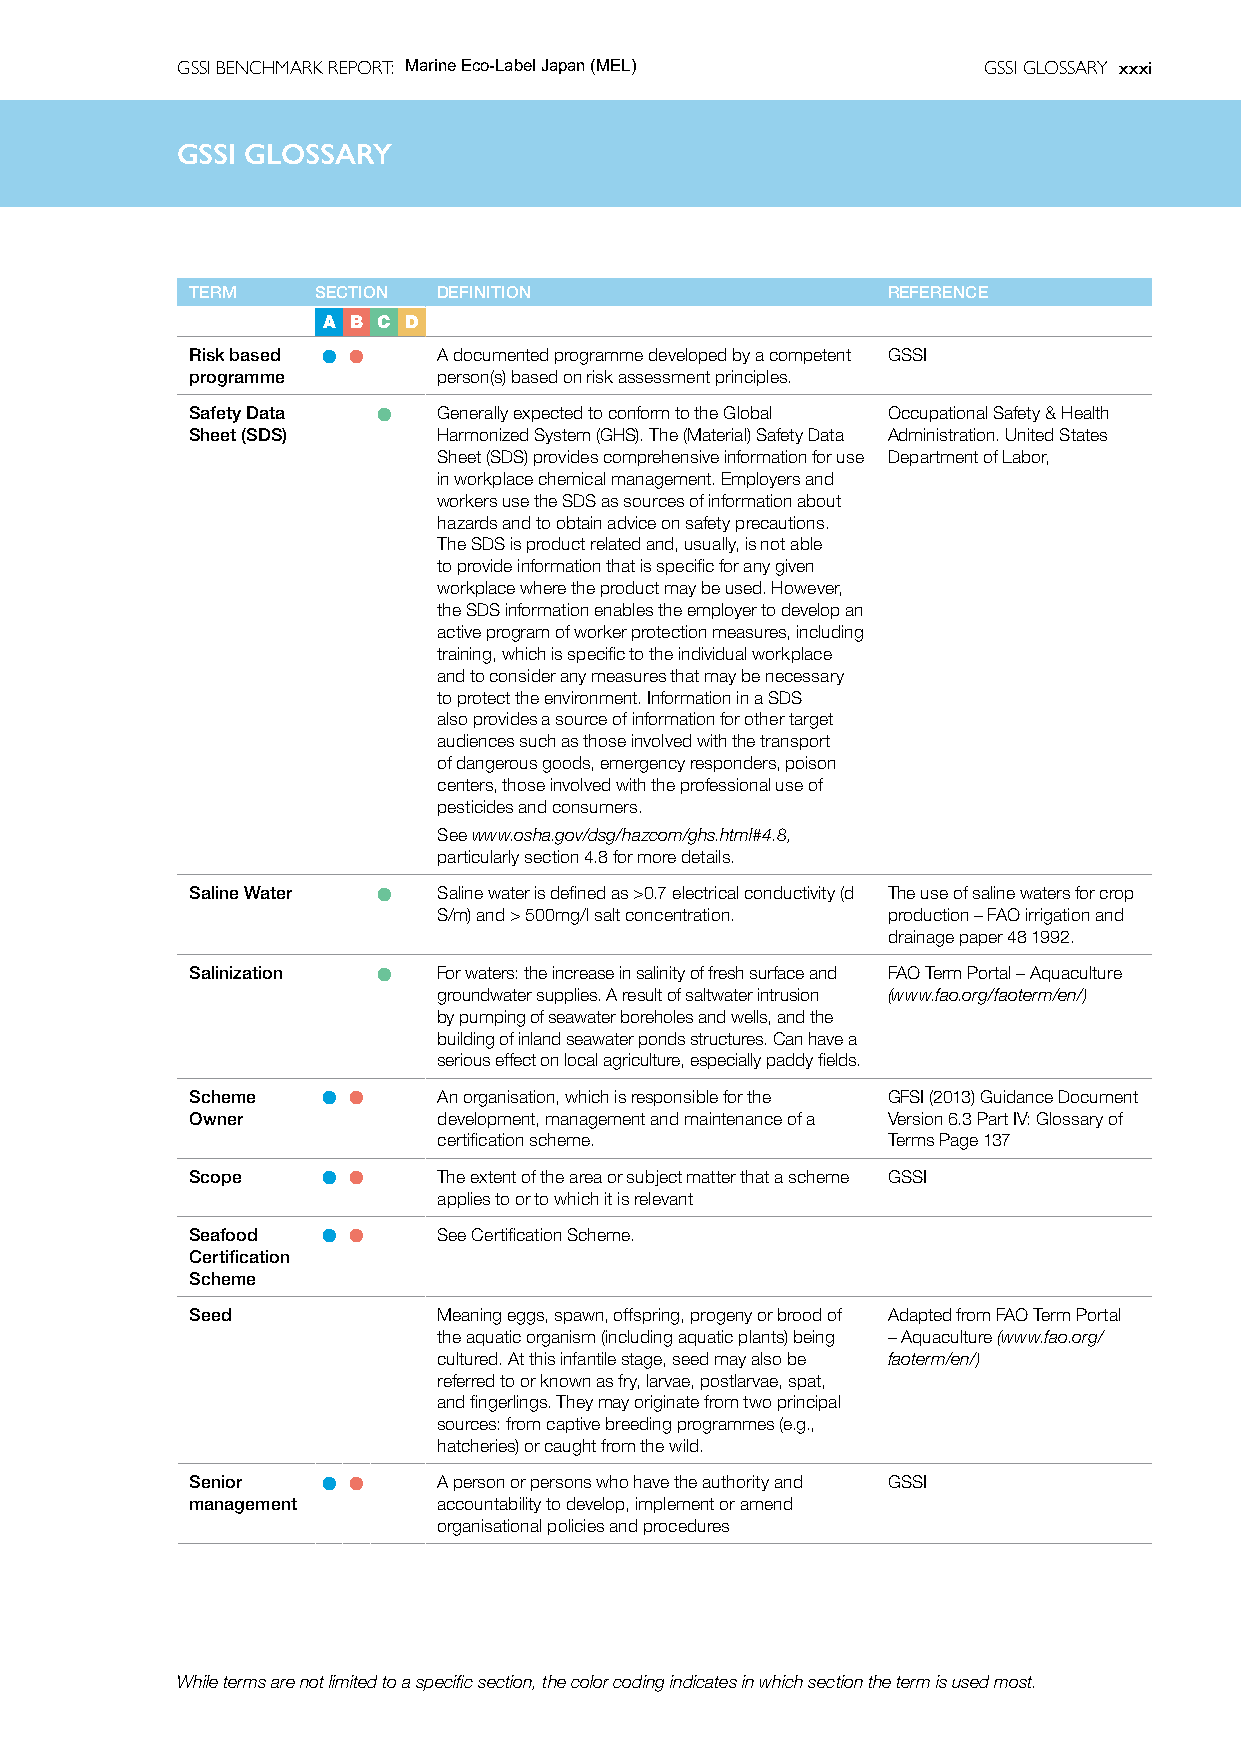
GSSI BENCHMARK REPORT: Marine Eco-Label Japan (MEL)  GSSI GLOSSARY xxxi
 GSSIG  GSSIl oGsLOsaSSrAyRY
 TERM    SECTION DEFINITION                    REFERENCE
 A B C D
 Risk based l l  A documented programme developed by a competent GSSI
 programme       person(s) based on risk assessment principles.
 Safety Data l   Generally expected to conform to the Global Occupational Safety & Health
 Sheet (SDS)     Harmonized System (GHS). The (Material) Safety Data Administration. United States
 Sheet (SDS) provides comprehensive information for use Department of Labor,
 in workplace chemical management. Employers and
 workers use the SDS as sources of information about
 hazards and to obtain advice on safety precautions.
 The SDS is product related and, usually, is not able
 to provide information that is specific for any given
 workplace where the product may be used. However,
 the SDS information enables the employer to develop an
 active program of worker protection measures, including
 training, which is specific to the individual workplace
 and to consider any measures that may be necessary
 to protect the environment. Information in a SDS
 also provides a source of information for other target
 audiences such as those involved with the transport
 of dangerous goods, emergency responders, poison
 centers, those involved with the professional use of
 pesticides and consumers.
 See www.osha.gov/dsg/hazcom/ghs.html#4.8,
 particularly section 4.8 for more details.
 Saline Water l  Saline water is defined as >0.7 electrical conductivity (d The use of saline waters for crop
 S/m) and > 500mg/l salt concentration. production – FAO irrigation and
 drainage paper 48 1992.
 Salinization l  For waters: the increase in salinity of fresh surface and FAO Term Portal – Aquaculture
 groundwater supplies. A result of saltwater intrusion (www.fao.org/faoterm/en/)
 by pumping of seawater boreholes and wells, and the
 building of inland seawater ponds structures. Can have a
 serious effect on local agriculture, especially paddy fields.
 Scheme  l l     An organisation, which is responsible for the GFSI (2013) Guidance Document
 Owner           development, management and maintenance of a Version 6.3 Part IV: Glossary of
 certification scheme.         Terms Page 137
 Scope   l l     The extent of the area or subject matter that a scheme GSSI
 applies to or to which it is relevant
 Seafood l l     See Certification Scheme.
 Certification
 Scheme
 Seed            Meaning eggs, spawn, offspring, progeny or brood of Adapted from FAO Term Portal
 the aquatic organism (including aquatic plants) being – Aquaculture (www.fao.org/
 cultured. At this infantile stage, seed may also be faoterm/en/)
 referred to or known as fry, larvae, postlarvae, spat,
 and fingerlings. They may originate from two principal
 sources: from captive breeding programmes (e.g.,
 hatcheries) or caught from the wild.
 Senior  l l     A person or persons who have the authority and GSSI
 management      accountability to develop, implement or amend
 organisational policies and procedures
 While terms are not limited to a specific section, the color coding indicates in which section the term is used most.